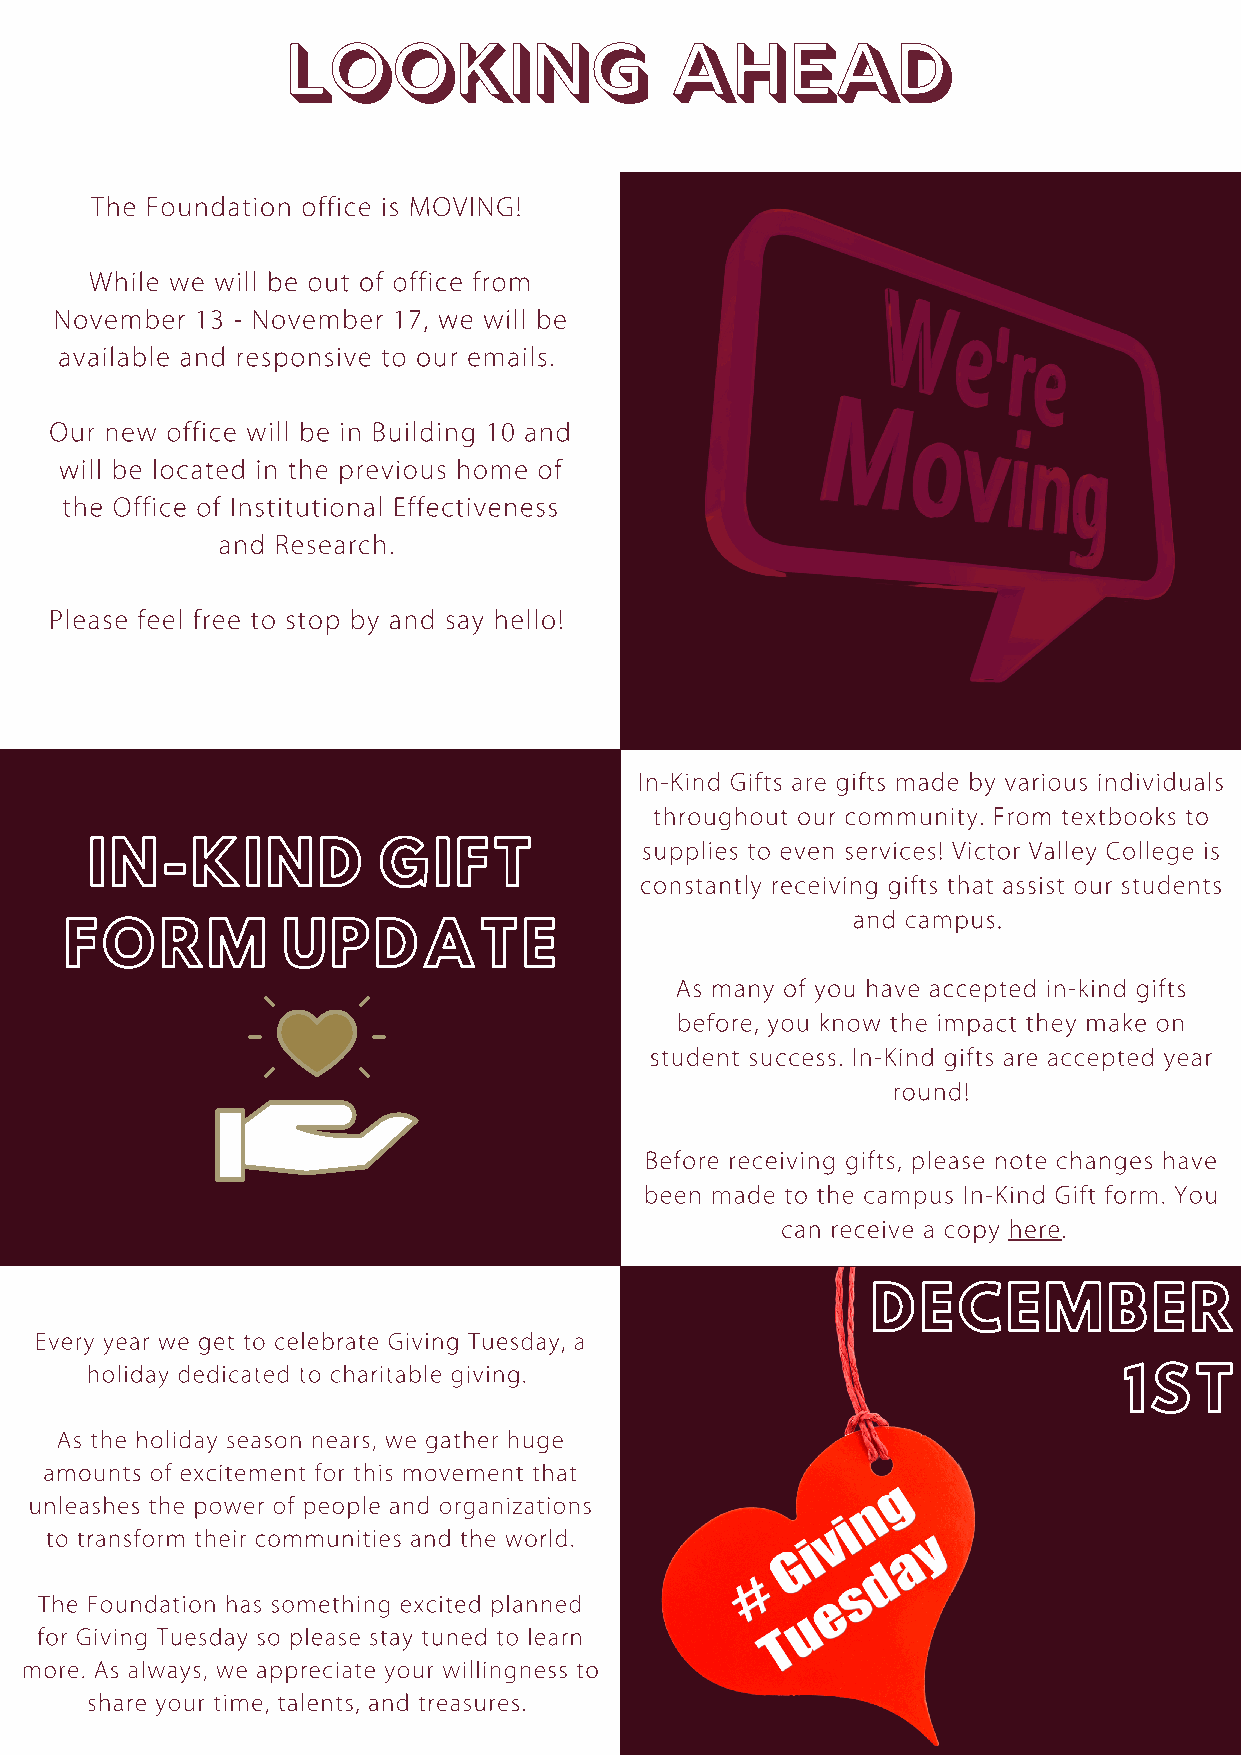
Looking                   ahead
 The Foundation office is MOVING!
 While we will be out of office from
 November 13 - November 17, we will be
 available and responsive to our emails.
 Our new office will be in Building 10 and
 will be located in the previous home of
 the Office of Institutional Effectiveness
 and Research.
 Please feel free to stop by and say hello!
 In-Kind Gifts are gifts made by various individuals
 throughout our community. From textbooks to
 IN-KIND            GIFT             supplies to even services! Victor Valley College is
 constantly receiving gifts that assist our students
 FORM           UPDATE                               and campus.
 As many of you have accepted in-kind gifts
 before, you know the impact they make on
 student success. In-Kind gifts are accepted year
 round!
 Before receiving gifts, please note changes have
 been made to the campus In-Kind Gift form. You
 can receive a copy here.
 DECEMBER
 Every year we get to celebrate Giving Tuesday, a
 holiday dedicated to charitable giving.                             1ST
 As the holiday season nears, we gather huge
 amounts of excitement for this movement that
 unleashes the power of people and organizations
 to transform their communities and the world.
 The Foundation has something excited planned
 for Giving Tuesday so please stay tuned to learn
 more. As always, we appreciate your willingness to
 share your time, talents, and treasures.